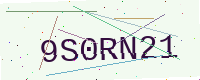
Text: 9S0RN21